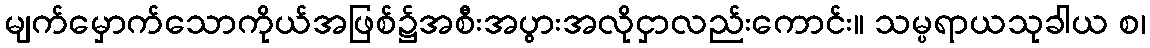
မျက်မှောက်သောကိုယ်အဖြစ်၌အစီးအပွားအလိုငှာလည်းကောင်း။ သမ္ပရာယသုခါယ စ၊